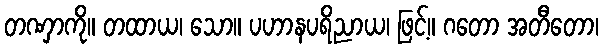
တဏှာကို။ တထာယ၊ သော။ ပဟာနပရိညာယ၊ ဖြင့်။ ဂတော အတီတော၊